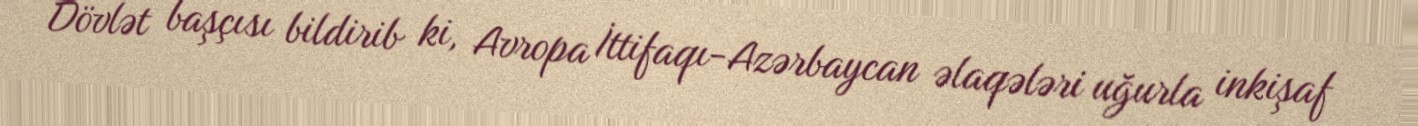
Dövlət başçısı bildirib ki, Avropa İttifaqı-Azərbaycan əlaqələri uğurla inkişaf